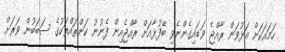
ހަމައަކަށް އަޅުވަން ރާއްޖެ ވަޑައިގެންނެވި ބޭފުޅާއަށް ރާއްޖެއިން ފެނުނު ކަންތައްތަކުގެ ސަބަބުން ވަރަށް